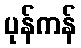
ပုန်ကန်